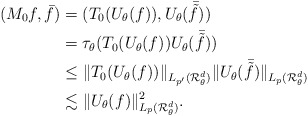
\begin{align*} (M_0f,\bar{f})&=(T_0(U_\theta(f)),U_\theta(\bar{\tilde{f}}))\\ & =\tau_\theta(T_0(U_\theta(f))U_\theta(\bar{\tilde{f}})) \\ &\leq \|T_0(U_\theta(f))\|_{L_{p^\prime}(\mathcal{R}_\theta^d)}\|U_\theta(\bar{\tilde{f}})\|_{L_{p}(\mathcal{R}_\theta^d)}\\ &\lesssim \|U_\theta(f)\|_{L_{p}(\mathcal{R}_\theta^d)}^2. \end{align*}